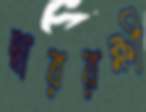
দ্বাররক্ষী